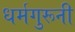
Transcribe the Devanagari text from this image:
धर्मगुरूनी